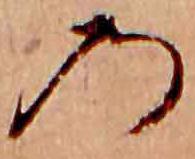
の